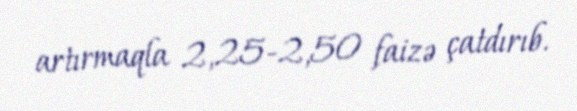
artırmaqla 2,25-2,50 faizə çatdırıb.